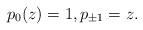
LaTeX: \begin{align*}p_0(z)=1,p_{\pm1}=z.\end{align*}